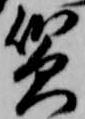
質